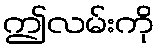
ဤလမ်းကို